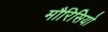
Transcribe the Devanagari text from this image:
मौरिसियो